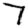
Digit: 7